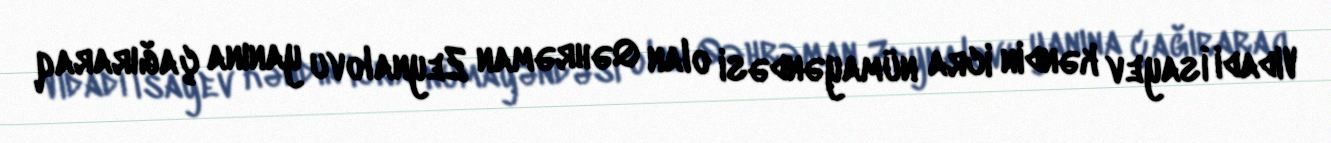
Vidadi İsayev kəndin icra nümayəndəsi olan Qəhrəman Zeynalovu yanına çağıraraq